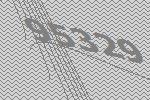
95329